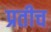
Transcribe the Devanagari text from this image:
प्रतीच